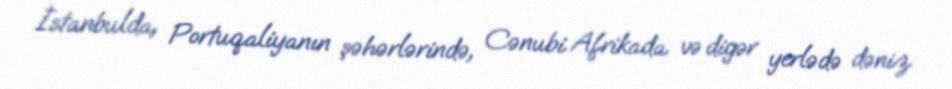
İstanbulda, Portuqaliyanın şəhərlərində, Cənubi Afrikada və digər yerlədə dəniz